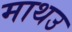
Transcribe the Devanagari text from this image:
माथउ